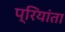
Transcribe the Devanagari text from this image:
प्रियांता